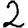
Digit: 2